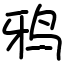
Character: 鸦